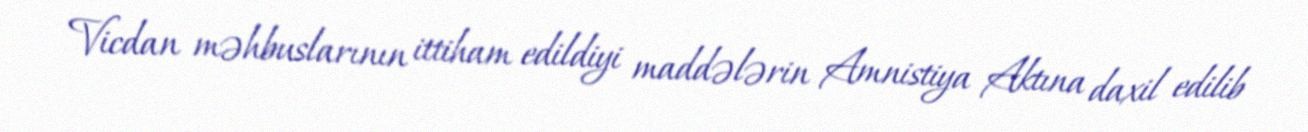
Vicdan məhbuslarının ittiham edildiyi maddələrin Amnistiya Aktına daxil edilib